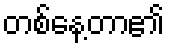
တစ်နေ့တာ၏